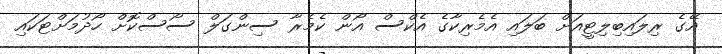
އޭގެ ރިލައިބިލިޓީއަށް ބަލައި އެމެރިކާގެ އެކްސް އޯން ކެމެރާ ސިންގަލް ސޯސްކޮށް ހޯދުމަށްޓަކައި